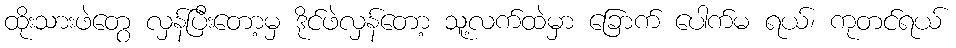
ထိုးသားဖဲတွေ လှန်ပြီးတော့မှ ဒိုင်ဖဲလှန်တော့ သူ့လက်ထဲမှာ ခြောက် ပေါက်မ ရယ်၊ ကုတင်ရယ်